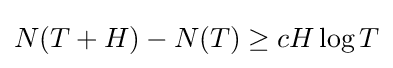
N(T+H)-N(T)\geq cH\log T